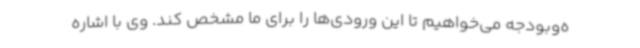
ه‌وبودجه می‌خواهیم تا این ورودی‌ها را برای ما مشخص کند. وی با اشاره